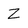
Character: Z